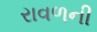
રાવળની